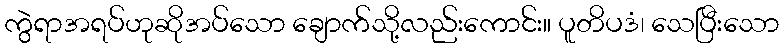
ကွဲရာအရပ်ဟုဆိုအပ်သော ချောက်သို့လည်းကောင်း။ ပူတိပဒံ၊ သေပြီးသော